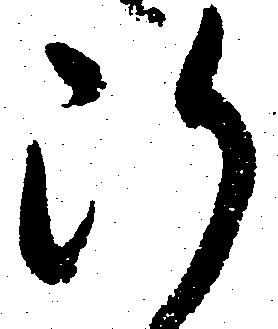
断